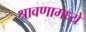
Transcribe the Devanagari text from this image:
श्रावणामध्ये